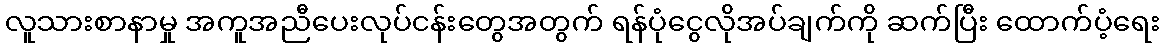
လူသားစာနာမှု အကူအညီပေးလုပ်ငန်းတွေအတွက် ရန်ပုံငွေလိုအပ်ချက်ကို ဆက်ပြီး ထောက်ပံ့ရေး